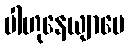
ပါဟုနေယျာပေ